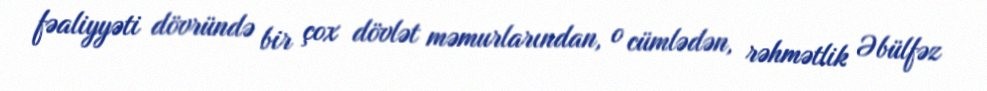
fəaliyyəti dövründə bir çox dövlət məmurlarından, o cümlədən, rəhmətlik Əbülfəz